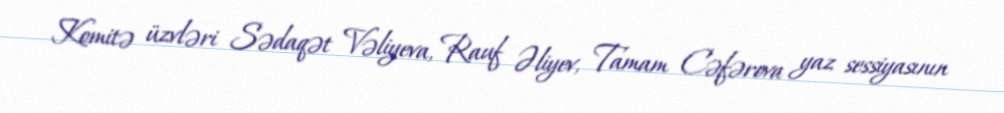
Komitə üzvləri Sədaqət Vəliyeva, Rauf Əliyev, Tamam Cəfərova yaz sessiyasının